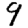
Digit: 9